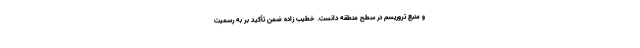
و منبع تروریسم در سطح منطقه دانست. خطیب زاده ضمن تأکید بر به رسمیت